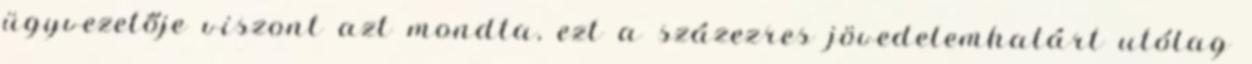
ügyvezetője viszont azt mondta, ezt a százezres jövedelemhatárt utólag